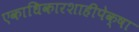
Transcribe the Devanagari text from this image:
एकाधिकारशाहीपेक्षा